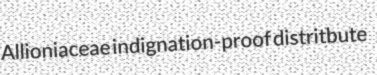
Allioniaceae indignation-proof distritbute